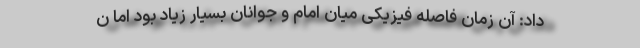
داد: آن زمان فاصله فیزیکی میان امام و جوانان بسیار زیاد بود اما ن